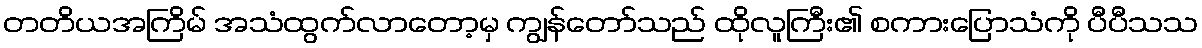
တတိယအကြိမ် အသံထွက်လာတော့မှ ကျွန်တော်သည် ထိုလူကြီး၏ စကားပြောသံကို ပီပီသသ